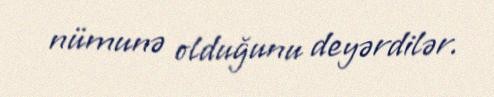
nümunə olduğunu deyərdilər.